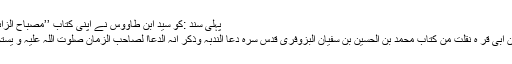
پہلی سند :کو سید ابن طاوؤس نے اپنی کتاب ’’مصباح الزائر ‘‘ میں بیان کیا ہے وہ ذکر کرتے ہیں
’’ذکر بعض اصحابنا قال محمد بن علی بن ابی قر ہ نقلت من کتاب محمد بن الحسین بن سفیان البزوفری قدس سرہ دعا الندبہ وذکر انہ الدعاا لصاحب الزمان صلٰوت اللہ علیہ و یستحب ان ید عا بہ فی الاعیاد الاربعۃ وھو ۔